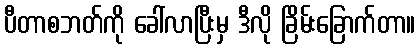
ပီတာစဘတ်ကို ခေါ်လာပြီးမှ ဒီလို ခြိမ်းခြောက်တာ။